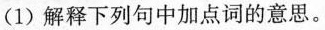
(1)解释下列句中加点词的意思。